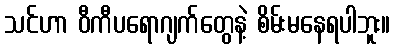
သင်ဟာ ဝီကီပရောဂျက်တွေနဲ့ စိမ်းမနေရပါဘူး။